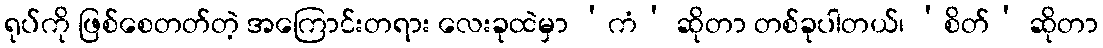
ရုပ်ကို ဖြစ်စေတတ်တဲ့ အကြောင်းတရား လေးခုထဲမှာ ‘ကံ’ ဆိုတာ တစ်ခုပါတယ်၊ ‘စိတ်’ ဆိုတာ